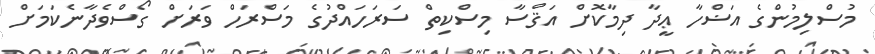
މުސްލިމުންގެ އަޟްހާ ޢީދާ ދިމާކޮށް އަޤްސާ މިސްކިތް ސަރަހައްދުގެ މަސްރަހް ވަރަށް ގޯސްވެދާނެކަމަށް